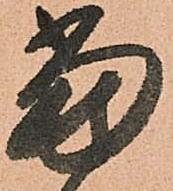
當